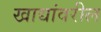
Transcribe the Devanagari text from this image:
खाद्यांवरील